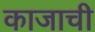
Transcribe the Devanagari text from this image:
काजाची